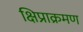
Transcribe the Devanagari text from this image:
क्षिप्राक्रमण